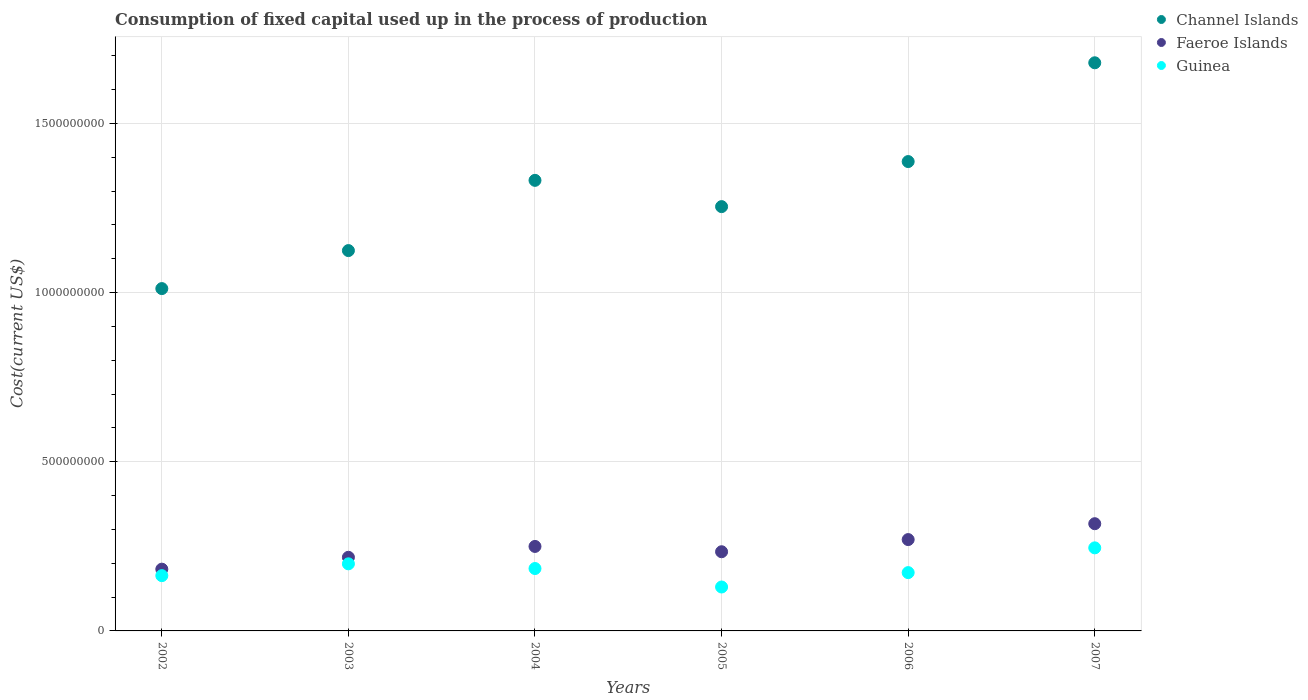
| Years | Channel Islands | Faeroe Islands | Guinea |
 | --- | --- | --- | --- |
 | 2002 | 1.01e+09 | 1.83e+08 | 1.63e+08 |
 | 2003 | 1.12e+09 | 2.18e+08 | 1.98e+08 |
 | 2004 | 1.33e+09 | 2.5e+08 | 1.84e+08 |
 | 2005 | 1.25e+09 | 2.34e+08 | 1.3e+08 |
 | 2006 | 1.39e+09 | 2.7e+08 | 1.72e+08 |
 | 2007 | 1.68e+09 | 3.17e+08 | 2.46e+08 |